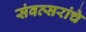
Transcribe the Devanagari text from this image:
संवत्सरांचे